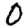
Digit: 0